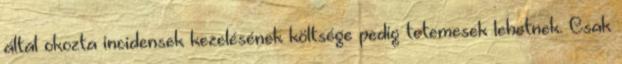
által okozta incidensek kezelésének költsége pedig tetemesek lehetnek. Csak